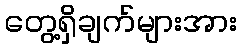
တွေ့ရှိချက်များအား